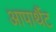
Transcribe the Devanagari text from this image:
आपार्थैट